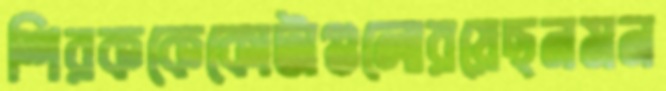
শিরককেকোটাগুলোরয়েছনমন